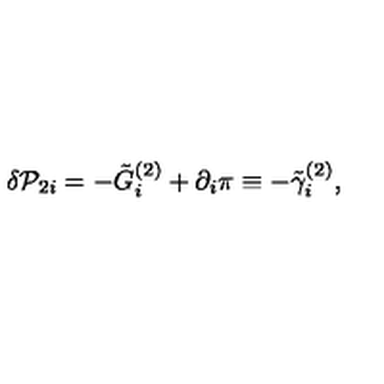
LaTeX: \delta { \cal P } _ { 2 i } = - \tilde { G } _ { i } ^ { ( 2 ) } + \partial _ { i } \pi \equiv - \tilde { \gamma } _ { i } ^ { ( 2 ) } ,